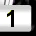
Digit: 1